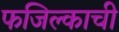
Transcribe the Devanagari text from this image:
फजिल्काची